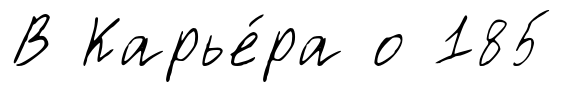
В Карье́ра о 185